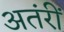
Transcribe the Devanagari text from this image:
अतंरीं